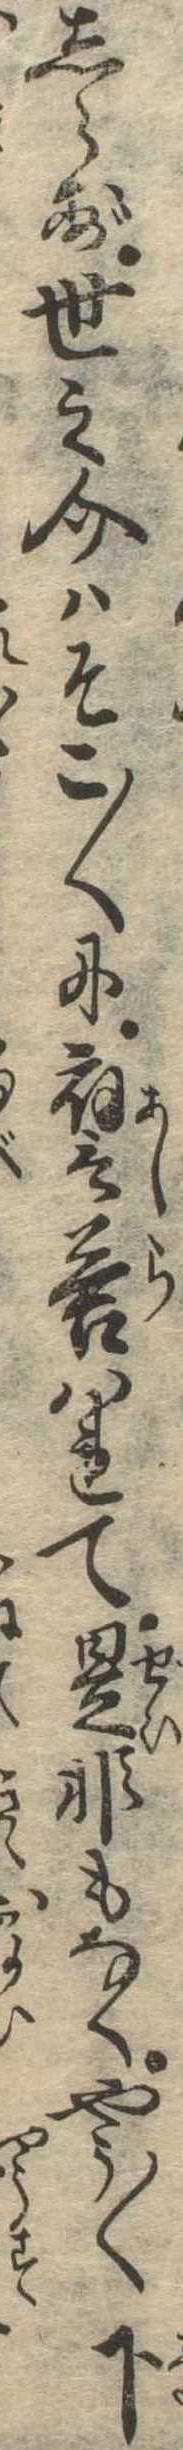
しらず世之介はそこ〱に応答はれて是非もなくやう〱下